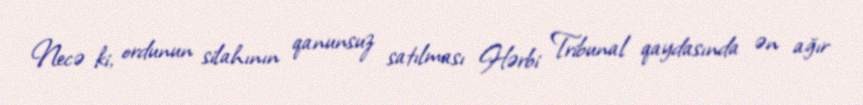
Necə ki, ordunun silahının qanunsuz satılması Hərbi Tribunal qaydasında ən ağır